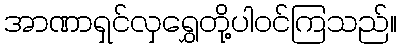
အာဏာရှင်လှရွှေတို့ပါဝင်ကြသည်။